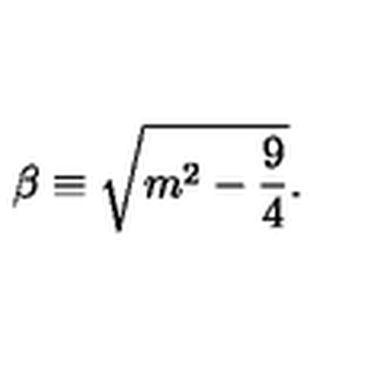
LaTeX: \beta \equiv \sqrt { m ^ { 2 } - \frac { 9 } { 4 } } .